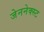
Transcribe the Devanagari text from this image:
जेननेक्स्ट